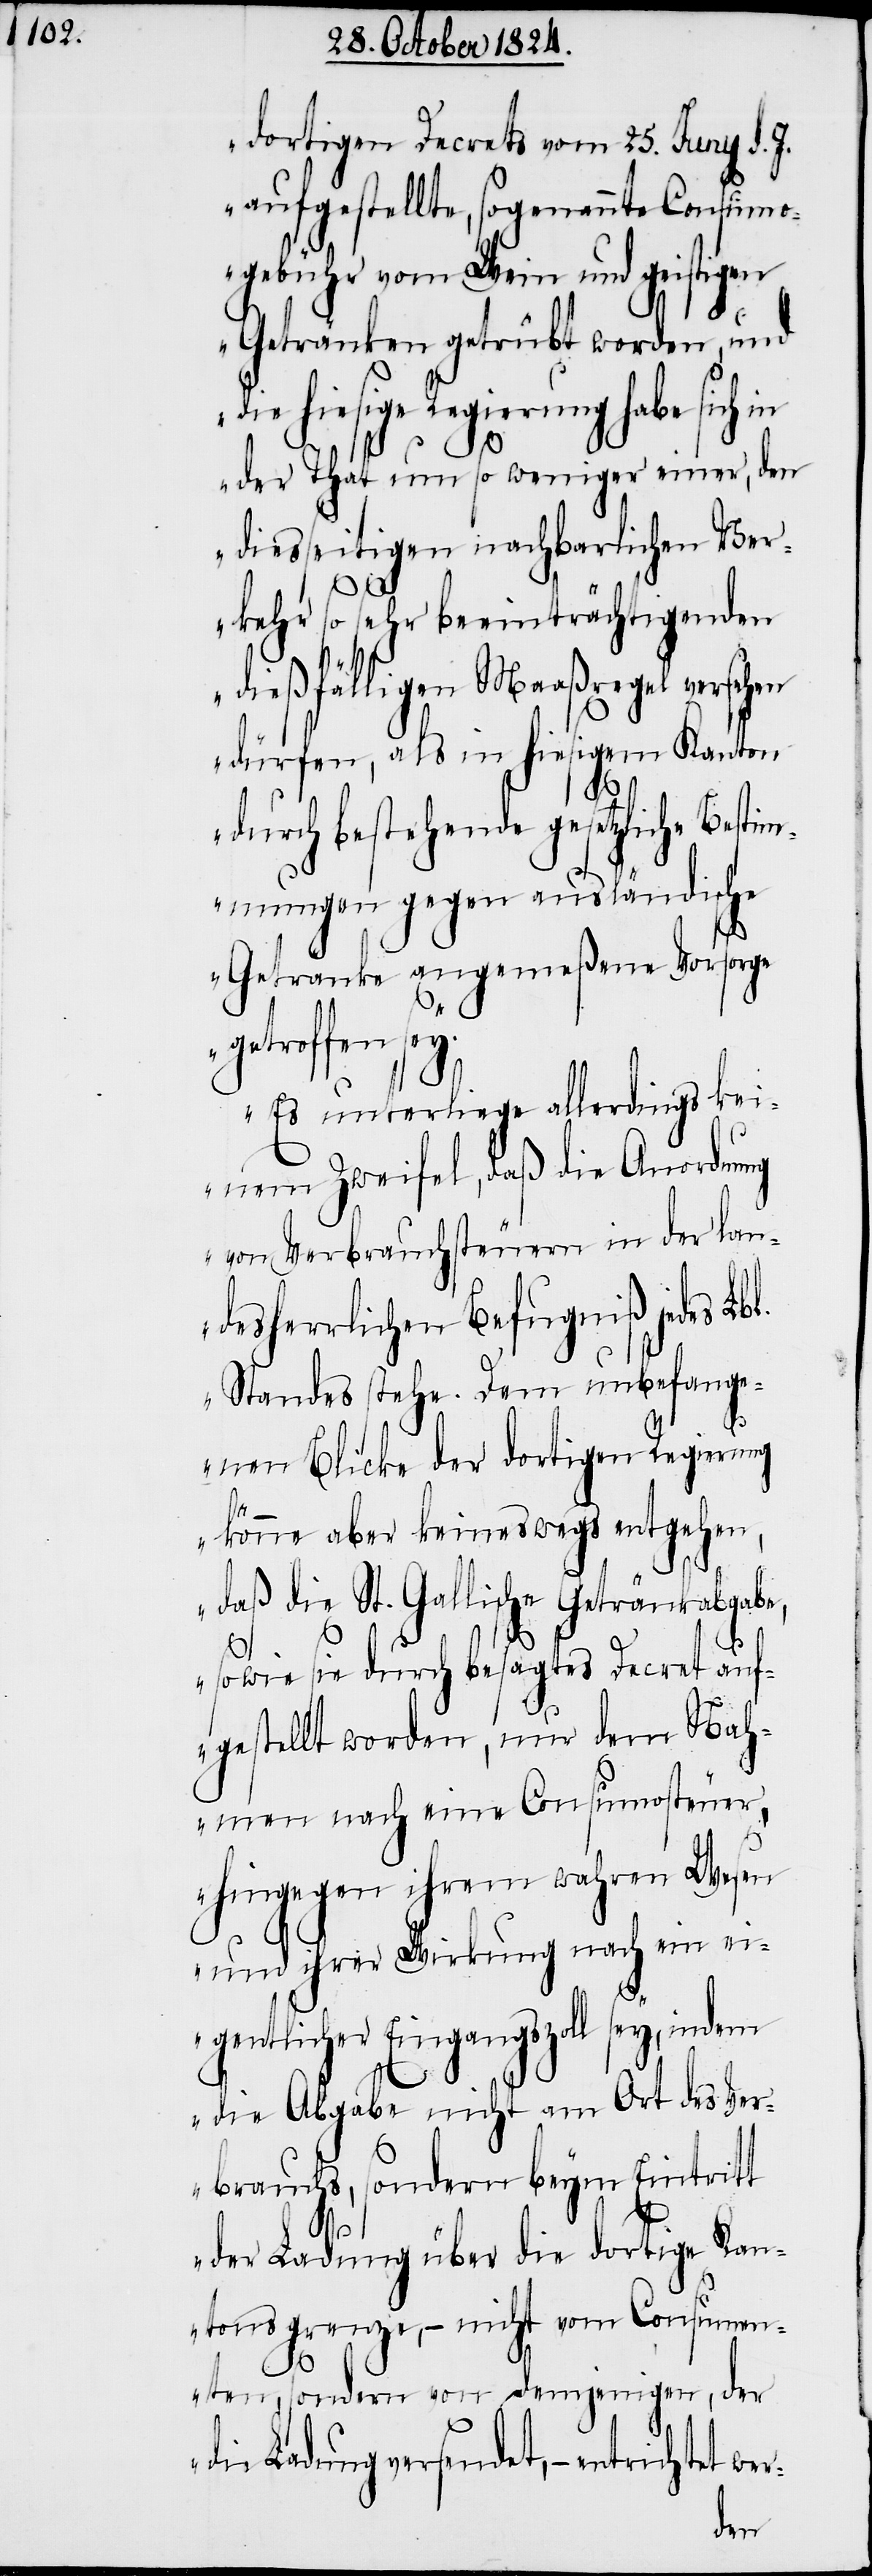
dortigen Decrets vom 25. Juny d. J.
aufgestellte, sogenannte Consumo¬
gebühr vom Wein und geistigen
Getränken getrübt worden, und
die hiesige Regierung habe sich
der That um so weniger einer, den
diesseitigen nachbarlichen Ver¬
kehr so sehr beeinträchtigenden
dießfälligen Maaßregel versehen
dürfen, als in hiesigem Kanton
durch bestehende gesetzliche Best¬
immung gegen ausländische
Getränke angemeßene Vorsorge
getroffen sey.
Es unterliege allerdings kei¬
nem Zweifel, daß die Anordnung
von Verbrauchsteuern in der lan¬
desherrlichen Befugniß jedes Lb¬
l. Standes stehe. Dem unbefange¬
nen Blicke der dortigen Regierung
könne aber keineswegs entgehen,
daß die St. Gallische Getränkabgabe,
sowie sie durch besagtes Decret auf¬
gestellt worden, nur dem Nah¬
men nach eine Consumosteuer,
hingegen ihrem wahren Wesen
und ihrer Wirkung nach ein ei¬
gentlicher Eingangszoll sey, indem
die Abgabe nicht am Ort des Ver¬
brauchs, sondern beym Eintritt
der Ladung über die dortige Kan¬
tonsgrenze, – nicht vom Consumen¬
ten, sondern von demjenigen, der
die Ladung versendet, – entrichtet